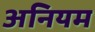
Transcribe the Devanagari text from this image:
अनियम